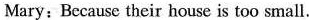
Mary; Because their house is too small.